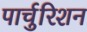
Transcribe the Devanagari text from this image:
पार्चुरिशन